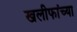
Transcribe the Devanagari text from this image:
खलीफांच्या